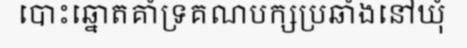
បោះឆ្នោតគាំទ្រគណបក្សប្រឆាំងនៅឃុំ